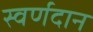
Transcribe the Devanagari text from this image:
स्वर्णदान